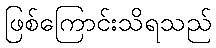
ဖြစ်ကြောင်းသိရသည်